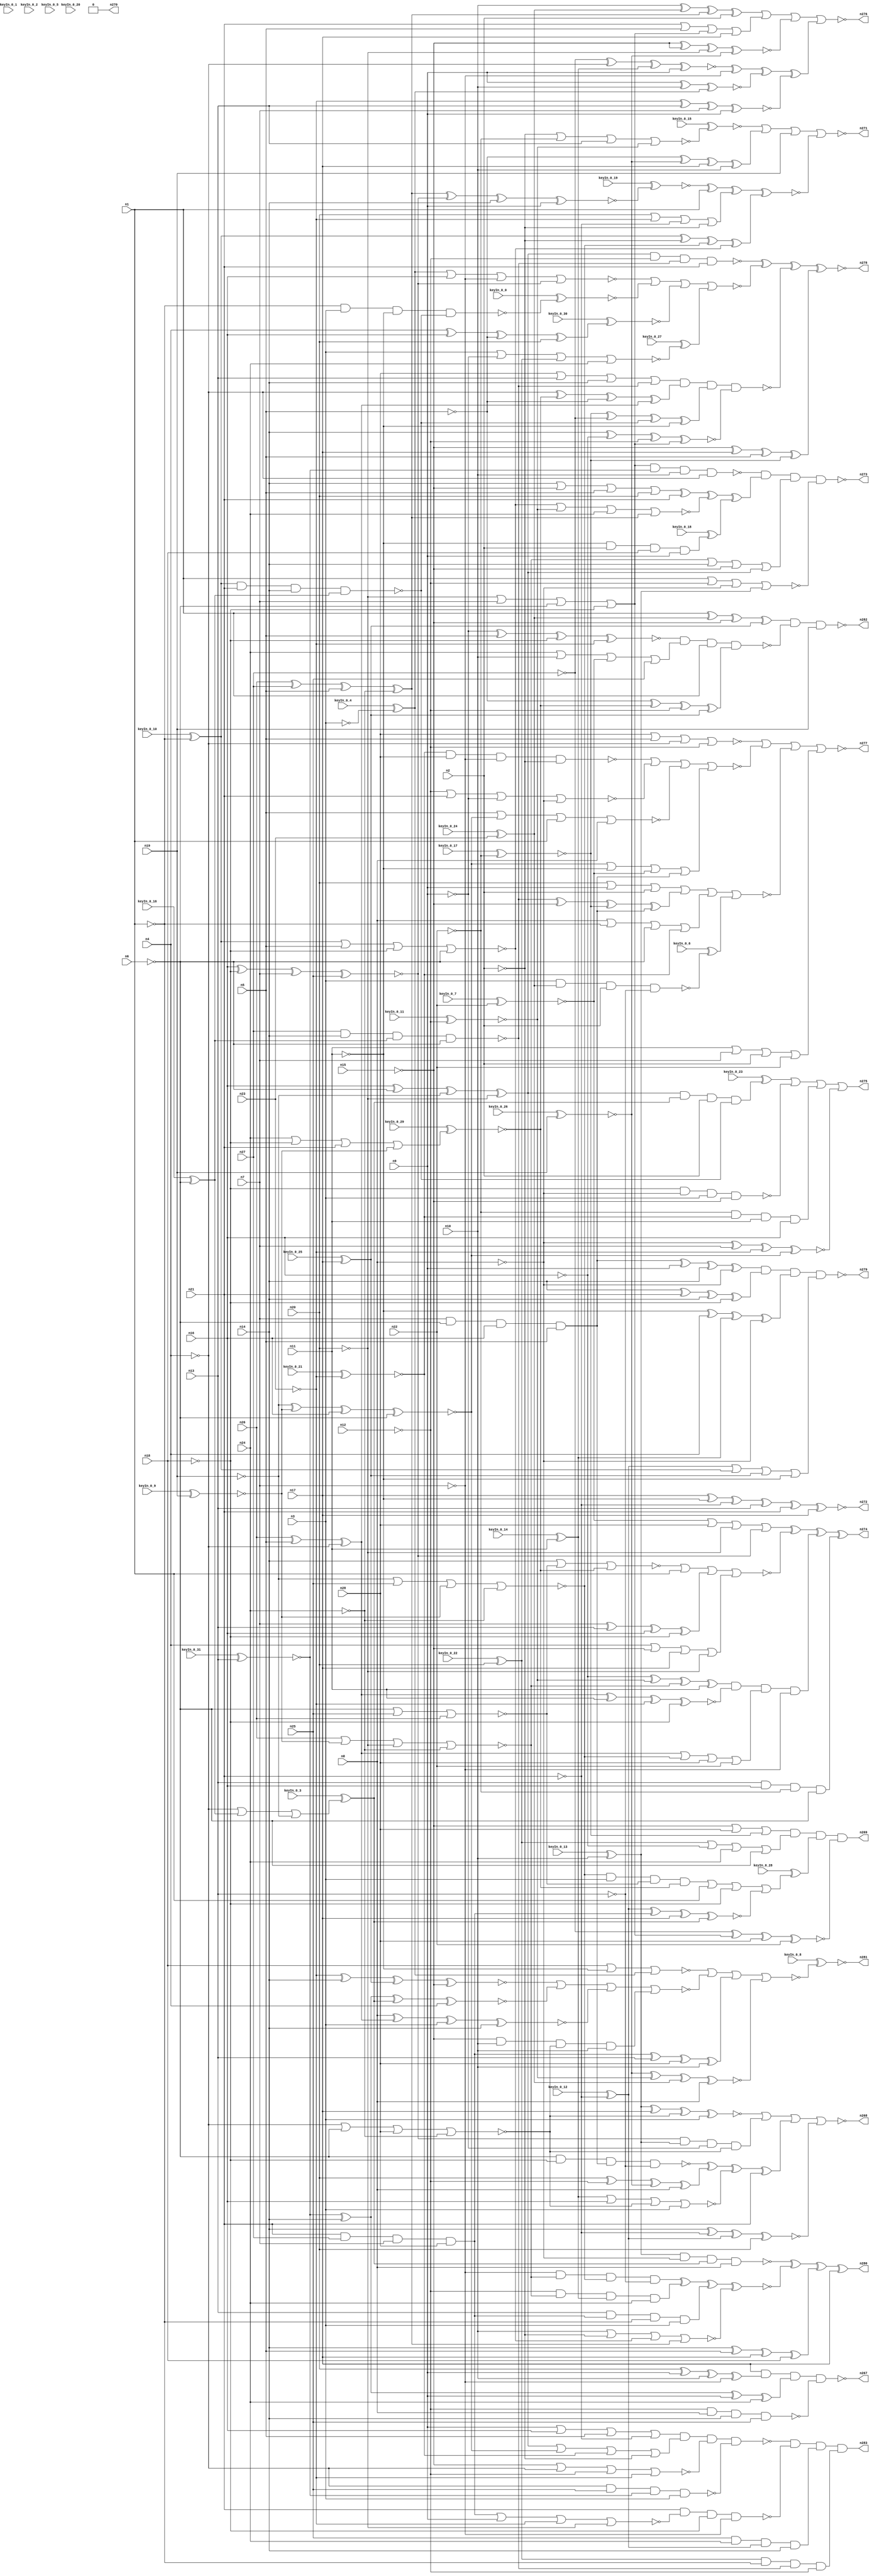


module Stat_255_53
(
  n1,
  n2,
  n3,
  n4,
  n5,
  n6,
  n7,
  n8,
  n9,
  n10,
  n11,
  n12,
  n13,
  n14,
  n15,
  n16,
  n17,
  n18,
  n19,
  n20,
  n21,
  n22,
  n23,
  n24,
  n25,
  n26,
  n27,
  n28,
  n278,
  n282,
  n273,
  n275,
  n281,
  n274,
  n271,
  n270,
  n283,
  n267,
  n280,
  n276,
  n272,
  n277,
  n279,
  n269,
  n268,
  keyIn_0_0,
  keyIn_0_1,
  keyIn_0_2,
  keyIn_0_3,
  keyIn_0_4,
  keyIn_0_5,
  keyIn_0_6,
  keyIn_0_7,
  keyIn_0_8,
  keyIn_0_9,
  keyIn_0_10,
  keyIn_0_11,
  keyIn_0_12,
  keyIn_0_13,
  keyIn_0_14,
  keyIn_0_15,
  keyIn_0_16,
  keyIn_0_17,
  keyIn_0_18,
  keyIn_0_19,
  keyIn_0_20,
  keyIn_0_21,
  keyIn_0_22,
  keyIn_0_23,
  keyIn_0_24,
  keyIn_0_25,
  keyIn_0_26,
  keyIn_0_27,
  keyIn_0_28,
  keyIn_0_29,
  keyIn_0_30,
  keyIn_0_31
);

  input n1;input n2;input n3;input n4;input n5;input n6;input n7;input n8;input n9;input n10;input n11;input n12;input n13;input n14;input n15;input n16;input n17;input n18;input n19;input n20;input n21;input n22;input n23;input n24;input n25;input n26;input n27;input n28;input keyIn_0_0;input keyIn_0_1;input keyIn_0_2;input keyIn_0_3;input keyIn_0_4;input keyIn_0_5;input keyIn_0_6;input keyIn_0_7;input keyIn_0_8;input keyIn_0_9;input keyIn_0_10;input keyIn_0_11;input keyIn_0_12;input keyIn_0_13;input keyIn_0_14;input keyIn_0_15;input keyIn_0_16;input keyIn_0_17;input keyIn_0_18;input keyIn_0_19;input keyIn_0_20;input keyIn_0_21;input keyIn_0_22;input keyIn_0_23;input keyIn_0_24;input keyIn_0_25;input keyIn_0_26;input keyIn_0_27;input keyIn_0_28;input keyIn_0_29;input keyIn_0_30;input keyIn_0_31;
  output n278;output n282;output n273;output n275;output n281;output n274;output n271;output n270;output n283;output n267;output n280;output n276;output n272;output n277;output n279;output n269;output n268;
  wire n29;wire n30;wire n31;wire n32;wire n33;wire n34;wire n35;wire n36;wire n37;wire n38;wire n39;wire n40;wire n41;wire n42;wire n43;wire n44;wire n45;wire n46;wire n47;wire n48;wire n49;wire n50;wire n51;wire n52;wire n53;wire n54;wire n55;wire n56;wire n57;wire n58;wire n59;wire n60;wire n61;wire n62;wire n63;wire n64;wire n65;wire n66;wire n67;wire n68;wire n69;wire n70;wire n71;wire n72;wire n73;wire n74;wire n75;wire n76;wire n77;wire n78;wire n79;wire n80;wire n81;wire n82;wire n83;wire n84;wire n85;wire n86;wire n87;wire n88;wire n89;wire n90;wire n91;wire n92;wire n93;wire n94;wire n95;wire n96;wire n97;wire n98;wire n99;wire n100;wire n101;wire n102;wire n103;wire n104;wire n105;wire n106;wire n107;wire n108;wire n109;wire n110;wire n111;wire n112;wire n113;wire n114;wire n115;wire n116;wire n117;wire n118;wire n119;wire n120;wire n121;wire n122;wire n123;wire n124;wire n125;wire n126;wire n127;wire n128;wire n129;wire n130;wire n131;wire n132;wire n133;wire n134;wire n135;wire n136;wire n137;wire n138;wire n139;wire n140;wire n141;wire n142;wire n143;wire n144;wire n145;wire n146;wire n147;wire n148;wire n149;wire n150;wire n151;wire n152;wire n153;wire n154;wire n155;wire n156;wire n157;wire n158;wire n159;wire n160;wire n161;wire n162;wire n163;wire n164;wire n165;wire n166;wire n167;wire n168;wire n169;wire n170;wire n171;wire n172;wire n173;wire n174;wire n175;wire n176;wire n177;wire n178;wire n179;wire n180;wire n181;wire n182;wire n183;wire n184;wire n185;wire n186;wire n187;wire n188;wire n189;wire n190;wire n191;wire n192;wire n193;wire n194;wire n195;wire n196;wire n197;wire n198;wire n199;wire n200;wire n201;wire n202;wire n203;wire n204;wire n205;wire n206;wire n207;wire n208;wire n209;wire n210;wire n211;wire n212;wire n213;wire n214;wire n215;wire n216;wire n217;wire n218;wire n219;wire n220;wire n221;wire n222;wire n223;wire n224;wire n225;wire n226;wire n227;wire n228;wire n229;wire n230;wire n231;wire n232;wire n233;wire n234;wire n235;wire n236;wire n237;wire n238;wire n239;wire n240;wire n241;wire n242;wire n243;wire n244;wire n245;wire n246;wire n247;wire n248;wire n249;wire n250;wire n251;wire n252;wire n253;wire n254;wire n255;wire n256;wire n257;wire n258;wire n259;wire n260;wire n261;wire n262;wire n263;wire n264;wire n265;wire n266;wire KeyWire_0_0;wire KeyWire_0_1;wire KeyWire_0_2;wire KeyWire_0_3;wire KeyNOTWire_0_3;wire KeyWire_0_4;wire KeyNOTWire_0_4;wire KeyWire_0_5;wire KeyNOTWire_0_5;wire KeyWire_0_6;wire KeyWire_0_7;wire KeyWire_0_8;wire KeyWire_0_9;wire KeyNOTWire_0_9;wire KeyWire_0_10;wire KeyWire_0_11;wire KeyWire_0_12;wire KeyWire_0_13;wire KeyNOTWire_0_13;wire KeyWire_0_14;wire KeyNOTWire_0_14;wire KeyWire_0_15;wire KeyNOTWire_0_15;wire KeyWire_0_16;wire KeyWire_0_17;wire KeyWire_0_18;wire KeyNOTWire_0_18;wire KeyWire_0_19;wire KeyNOTWire_0_19;wire KeyWire_0_20;wire KeyNOTWire_0_20;wire KeyWire_0_21;wire KeyNOTWire_0_21;wire KeyWire_0_22;wire KeyWire_0_23;wire KeyNOTWire_0_23;wire KeyWire_0_24;wire KeyNOTWire_0_24;wire KeyWire_0_25;wire KeyWire_0_26;wire KeyWire_0_27;wire KeyNOTWire_0_27;wire KeyWire_0_28;wire KeyWire_0_29;wire KeyNOTWire_0_29;wire KeyWire_0_30;wire KeyWire_0_31;

  buf
  g0
  (
    n97,
    n16
  );


  not
  g1
  (
    n56,
    n4
  );


  buf
  g2
  (
    n71,
    n24
  );


  not
  g3
  (
    n108,
    n11
  );


  not
  g4
  (
    n95,
    n11
  );


  not
  g5
  (
    n109,
    n1
  );


  not
  g6
  (
    KeyWire_0_16,
    n6
  );


  buf
  g7
  (
    n76,
    n11
  );


  buf
  g8
  (
    n82,
    n14
  );


  not
  g9
  (
    n52,
    n7
  );


  not
  g10
  (
    n69,
    n2
  );


  buf
  g11
  (
    n54,
    n17
  );


  not
  g12
  (
    n38,
    n18
  );


  buf
  g13
  (
    n101,
    n16
  );


  buf
  g14
  (
    KeyWire_0_26,
    n19
  );


  not
  g15
  (
    KeyWire_0_12,
    n21
  );


  not
  g16
  (
    n88,
    n12
  );


  buf
  g17
  (
    KeyWire_0_9,
    n19
  );


  not
  g18
  (
    n55,
    n15
  );


  buf
  g19
  (
    n100,
    n20
  );


  buf
  g20
  (
    n121,
    n21
  );


  not
  g21
  (
    n34,
    n4
  );


  not
  g22
  (
    n94,
    n2
  );


  buf
  g23
  (
    n91,
    n13
  );


  buf
  g24
  (
    n92,
    n10
  );


  not
  g25
  (
    n87,
    n8
  );


  not
  g26
  (
    n120,
    n7
  );


  not
  g27
  (
    n111,
    n23
  );


  not
  g28
  (
    n107,
    n16
  );


  buf
  g29
  (
    n67,
    n22
  );


  buf
  g30
  (
    KeyWire_0_14,
    n11
  );


  buf
  g31
  (
    KeyWire_0_13,
    n10
  );


  buf
  g32
  (
    n78,
    n5
  );


  buf
  g33
  (
    n114,
    n3
  );


  buf
  g34
  (
    KeyWire_0_22,
    n20
  );


  buf
  g35
  (
    n89,
    n9
  );


  not
  g36
  (
    KeyWire_0_21,
    n23
  );


  buf
  g37
  (
    n53,
    n13
  );


  buf
  g38
  (
    n102,
    n10
  );


  not
  g39
  (
    n86,
    n15
  );


  buf
  g40
  (
    n48,
    n8
  );


  buf
  g41
  (
    n116,
    n24
  );


  not
  g42
  (
    n105,
    n9
  );


  not
  g43
  (
    KeyWire_0_4,
    n3
  );


  buf
  g44
  (
    n79,
    n14
  );


  buf
  g45
  (
    n42,
    n5
  );


  not
  g46
  (
    n99,
    n15
  );


  not
  g47
  (
    n85,
    n6
  );


  buf
  g48
  (
    n70,
    n9
  );


  not
  g49
  (
    n104,
    n21
  );


  buf
  g50
  (
    KeyWire_0_24,
    n23
  );


  buf
  g51
  (
    n73,
    n2
  );


  buf
  g52
  (
    KeyWire_0_31,
    n13
  );


  buf
  g53
  (
    n35,
    n16
  );


  not
  g54
  (
    n44,
    n22
  );


  buf
  g55
  (
    n63,
    n2
  );


  buf
  g56
  (
    n59,
    n7
  );


  buf
  g57
  (
    n68,
    n3
  );


  buf
  g58
  (
    n119,
    n1
  );


  not
  g59
  (
    n72,
    n4
  );


  buf
  g60
  (
    n98,
    n20
  );


  not
  g61
  (
    n106,
    n8
  );


  buf
  g62
  (
    KeyWire_0_7,
    n22
  );


  not
  g63
  (
    KeyWire_0_11,
    n12
  );


  buf
  g64
  (
    n30,
    n21
  );


  not
  g65
  (
    n40,
    n24
  );


  not
  g66
  (
    n57,
    n18
  );


  not
  g67
  (
    KeyWire_0_10,
    n1
  );


  not
  g68
  (
    n77,
    n13
  );


  not
  g69
  (
    n33,
    n6
  );


  buf
  g70
  (
    n60,
    n14
  );


  buf
  g71
  (
    n45,
    n3
  );


  buf
  g72
  (
    n75,
    n8
  );


  not
  g73
  (
    n51,
    n23
  );


  buf
  g74
  (
    n62,
    n5
  );


  buf
  g75
  (
    n47,
    n1
  );


  not
  g76
  (
    n32,
    n6
  );


  not
  g77
  (
    n80,
    n12
  );


  buf
  g78
  (
    n36,
    n14
  );


  not
  g79
  (
    n118,
    n18
  );


  buf
  g80
  (
    n65,
    n9
  );


  buf
  g81
  (
    n123,
    n17
  );


  not
  g82
  (
    n37,
    n20
  );


  buf
  g83
  (
    n64,
    n17
  );


  buf
  g84
  (
    KeyWire_0_25,
    n17
  );


  not
  g85
  (
    n96,
    n5
  );


  buf
  g86
  (
    n50,
    n4
  );


  not
  g87
  (
    n103,
    n15
  );


  buf
  g88
  (
    n31,
    n7
  );


  buf
  g89
  (
    n115,
    n18
  );


  not
  g90
  (
    n81,
    n12
  );


  not
  g91
  (
    n41,
    n19
  );


  not
  g92
  (
    KeyWire_0_17,
    n22
  );


  buf
  g93
  (
    n122,
    n19
  );


  buf
  g94
  (
    n83,
    n10
  );


  buf
  g95
  (
    n127,
    n28
  );


  buf
  g96
  (
    n142,
    n25
  );


  not
  g97
  (
    n130,
    n27
  );


  buf
  g98
  (
    n139,
    n28
  );


  buf
  g99
  (
    n129,
    n36
  );


  buf
  g100
  (
    n147,
    n30
  );


  buf
  g101
  (
    n143,
    n36
  );


  buf
  g102
  (
    n131,
    n37
  );


  nor
  g103
  (
    n137,
    n32,
    n25,
    n26
  );


  nand
  g104
  (
    n146,
    n43,
    n30,
    n36,
    n39
  );


  nor
  g105
  (
    n133,
    n34,
    n33,
    n28,
    n40
  );


  nor
  g106
  (
    n126,
    n43,
    n42,
    n38,
    n32
  );


  nand
  g107
  (
    n141,
    n27,
    n36,
    n39,
    n33
  );


  nor
  g108
  (
    n148,
    n41,
    n25,
    n29,
    n40
  );


  xnor
  g109
  (
    n124,
    n35,
    n38,
    n31,
    n25
  );


  xor
  g110
  (
    n136,
    n26,
    n27,
    n42,
    n40
  );


  and
  g111
  (
    n135,
    n31,
    n33,
    n35,
    n42
  );


  xor
  g112
  (
    n134,
    n35,
    n33,
    n41,
    n37
  );


  and
  g113
  (
    n125,
    n30,
    n27,
    n31,
    n28
  );


  xor
  g114
  (
    n132,
    n26,
    n42,
    n34
  );


  nor
  g115
  (
    n138,
    n26,
    n29,
    n37,
    n40
  );


  xnor
  g116
  (
    n140,
    n41,
    n29,
    n35,
    n32
  );


  or
  g117
  (
    KeyWire_0_3,
    n34,
    n39,
    n41
  );


  or
  g118
  (
    n128,
    n37,
    n31,
    n32,
    n38
  );


  or
  g119
  (
    KeyWire_0_29,
    n24,
    n38,
    n30,
    n29
  );


  or
  g120
  (
    n210,
    n99,
    n103,
    n139,
    n110
  );


  xnor
  g121
  (
    n185,
    n130,
    n72,
    n90,
    n65
  );


  or
  g122
  (
    n163,
    n100,
    n89,
    n73
  );


  xor
  g123
  (
    n230,
    n55,
    n64,
    n62,
    n110
  );


  xor
  g124
  (
    n214,
    n96,
    n84,
    n54,
    n102
  );


  xor
  g125
  (
    n176,
    n56,
    n145,
    n96,
    n132
  );


  and
  g126
  (
    n245,
    n44,
    n74,
    n76,
    n97
  );


  xnor
  g127
  (
    n172,
    n51,
    n60,
    n113,
    n99
  );


  or
  g128
  (
    n174,
    n140,
    n108,
    n58,
    n135
  );


  xor
  g129
  (
    n239,
    n92,
    n49,
    n136,
    n73
  );


  nand
  g130
  (
    n223,
    n134,
    n81,
    n141,
    n147
  );


  xor
  g131
  (
    KeyWire_0_5,
    n80,
    n107,
    n126,
    n73
  );


  xnor
  g132
  (
    n234,
    n84,
    n61,
    n49,
    n75
  );


  and
  g133
  (
    n192,
    n52,
    n138,
    n148,
    n77
  );


  or
  g134
  (
    n206,
    n50,
    n55,
    n54,
    n131
  );


  nand
  g135
  (
    n161,
    n85,
    n57,
    n135,
    n77
  );


  or
  g136
  (
    n227,
    n93,
    n107,
    n71,
    n85
  );


  and
  g137
  (
    n217,
    n106,
    n75,
    n99,
    n83
  );


  nor
  g138
  (
    n184,
    n81,
    n147,
    n105,
    n87
  );


  xnor
  g139
  (
    n237,
    n46,
    n64,
    n133,
    n68
  );


  and
  g140
  (
    KeyWire_0_1,
    n146,
    n93,
    n103,
    n77
  );


  xor
  g141
  (
    n158,
    n43,
    n94,
    n148,
    n126
  );


  or
  g142
  (
    n215,
    n58,
    n127,
    n131,
    n124
  );


  xor
  g143
  (
    n156,
    n107,
    n61,
    n138,
    n76
  );


  xnor
  g144
  (
    n195,
    n143,
    n107,
    n88,
    n128
  );


  xnor
  g145
  (
    n167,
    n111,
    n91,
    n59,
    n70
  );


  and
  g146
  (
    n218,
    n91,
    n101,
    n44,
    n85
  );


  xnor
  g147
  (
    n159,
    n105,
    n62,
    n118,
    n51
  );


  nand
  g148
  (
    KeyWire_0_6,
    n68,
    n49,
    n73,
    n77
  );


  and
  g149
  (
    KeyWire_0_23,
    n134,
    n144,
    n63,
    n146
  );


  xor
  g150
  (
    n232,
    n54,
    n95,
    n104,
    n91
  );


  or
  g151
  (
    n168,
    n69,
    n82,
    n98,
    n115
  );


  xor
  g152
  (
    n229,
    n112,
    n143,
    n89,
    n116
  );


  nor
  g153
  (
    KeyWire_0_20,
    n137,
    n67,
    n45,
    n47
  );


  nand
  g154
  (
    n231,
    n46,
    n106,
    n144,
    n48
  );


  and
  g155
  (
    n243,
    n93,
    n109,
    n141,
    n81
  );


  nor
  g156
  (
    KeyWire_0_27,
    n114,
    n105,
    n93,
    n71
  );


  xnor
  g157
  (
    n233,
    n86,
    n86,
    n131,
    n84
  );


  and
  g158
  (
    n194,
    n82,
    n56,
    n44
  );


  xor
  g159
  (
    n154,
    n141,
    n55,
    n110,
    n135
  );


  or
  g160
  (
    n212,
    n138,
    n60,
    n86,
    n134
  );


  or
  g161
  (
    n189,
    n127,
    n53,
    n143,
    n141
  );


  nand
  g162
  (
    n221,
    n88,
    n48,
    n82,
    n142
  );


  xnor
  g163
  (
    n247,
    n79,
    n104,
    n66,
    n100
  );


  xnor
  g164
  (
    KeyWire_0_19,
    n136,
    n124,
    n129,
    n70
  );


  nor
  g165
  (
    n181,
    n102,
    n94,
    n126,
    n136
  );


  xnor
  g166
  (
    n164,
    n66,
    n125,
    n64,
    n144
  );


  nor
  g167
  (
    n197,
    n86,
    n72,
    n88,
    n51
  );


  nand
  g168
  (
    n149,
    n74,
    n127,
    n52,
    n69
  );


  xor
  g169
  (
    n236,
    n143,
    n78,
    n64,
    n115
  );


  or
  g170
  (
    n208,
    n76,
    n59,
    n63,
    n67
  );


  xnor
  g171
  (
    n187,
    n65,
    n92,
    n117
  );


  xnor
  g172
  (
    n244,
    n106,
    n59,
    n111,
    n140
  );


  xor
  g173
  (
    n207,
    n98,
    n81,
    n84,
    n75
  );


  nand
  g174
  (
    n213,
    n118,
    n87,
    n114,
    n103
  );


  or
  g175
  (
    n235,
    n66,
    n43,
    n113,
    n108
  );


  nor
  g176
  (
    n216,
    n139,
    n78,
    n72,
    n88
  );


  or
  g177
  (
    n152,
    n116,
    n83,
    n58,
    n142
  );


  xnor
  g178
  (
    n182,
    n112,
    n60,
    n144,
    n50
  );


  and
  g179
  (
    n201,
    n148,
    n114,
    n137,
    n145
  );


  and
  g180
  (
    n175,
    n71,
    n58,
    n130,
    n101
  );


  or
  g181
  (
    n183,
    n60,
    n55,
    n78,
    n98
  );


  xor
  g182
  (
    KeyWire_0_30,
    n50,
    n101,
    n96,
    n100
  );


  xor
  g183
  (
    n186,
    n110,
    n130,
    n146,
    n95
  );


  and
  g184
  (
    n169,
    n80,
    n138,
    n90,
    n116
  );


  or
  g185
  (
    n170,
    n132,
    n148,
    n139,
    n67
  );


  and
  g186
  (
    KeyWire_0_18,
    n95,
    n63,
    n115,
    n65
  );


  and
  g187
  (
    n240,
    n124,
    n46,
    n105,
    n133
  );


  xor
  g188
  (
    n225,
    n100,
    n89,
    n83,
    n52
  );


  xnor
  g189
  (
    n203,
    n48,
    n132,
    n68,
    n79
  );


  nand
  g190
  (
    KeyWire_0_0,
    n109,
    n114,
    n108,
    n146
  );


  or
  g191
  (
    n211,
    n147,
    n62,
    n128,
    n54
  );


  nand
  g192
  (
    n228,
    n128,
    n112,
    n102,
    n56
  );


  xor
  g193
  (
    n162,
    n59,
    n53,
    n101,
    n57
  );


  nor
  g194
  (
    n160,
    n125,
    n70,
    n111,
    n131
  );


  nor
  g195
  (
    n204,
    n117,
    n97,
    n52,
    n124
  );


  or
  g196
  (
    n157,
    n98,
    n111,
    n104,
    n69
  );


  xor
  g197
  (
    n224,
    n125,
    n91,
    n139,
    n102
  );


  nand
  g198
  (
    KeyWire_0_2,
    n63,
    n94,
    n129,
    n45
  );


  nor
  g199
  (
    n150,
    n126,
    n61,
    n116,
    n136
  );


  and
  g200
  (
    n151,
    n99,
    n92,
    n133,
    n83
  );


  nor
  g201
  (
    n209,
    n115,
    n95,
    n117
  );


  xnor
  g202
  (
    n246,
    n130,
    n128,
    n127,
    n67
  );


  xor
  g203
  (
    n220,
    n108,
    n50,
    n90,
    n87
  );


  xor
  g204
  (
    n155,
    n96,
    n145,
    n80,
    n113
  );


  or
  g205
  (
    n177,
    n70,
    n97,
    n62,
    n104
  );


  nor
  g206
  (
    n153,
    n90,
    n97,
    n133,
    n45
  );


  nor
  g207
  (
    n179,
    n78,
    n140,
    n47,
    n75
  );


  nand
  g208
  (
    n200,
    n72,
    n142,
    n112,
    n45
  );


  and
  g209
  (
    n219,
    n142,
    n71,
    n66,
    n82
  );


  xnor
  g210
  (
    n165,
    n132,
    n76,
    n51,
    n57
  );


  nor
  g211
  (
    KeyWire_0_15,
    n69,
    n44,
    n53,
    n61
  );


  nor
  g212
  (
    n190,
    n79,
    n137,
    n145
  );


  xor
  g213
  (
    n242,
    n47,
    n49,
    n103,
    n113
  );


  xor
  g214
  (
    n241,
    n135,
    n65,
    n129,
    n87
  );


  nor
  g215
  (
    n226,
    n47,
    n80,
    n106,
    n46
  );


  or
  g216
  (
    n188,
    n48,
    n109,
    n85,
    n74
  );


  xor
  g217
  (
    n238,
    n129,
    n147,
    n79,
    n57
  );


  or
  g218
  (
    n198,
    n134,
    n140,
    n74,
    n94
  );


  and
  g219
  (
    n178,
    n53,
    n125,
    n109,
    n68
  );


  nor
  g220
  (
    n255,
    n204,
    n199,
    n171,
    n166
  );


  xor
  g221
  (
    n250,
    n185,
    n120,
    n187,
    n167
  );


  xor
  g222
  (
    n257,
    n183,
    n121,
    n150,
    n180
  );


  nand
  g223
  (
    n260,
    n121,
    n160,
    n118,
    n120
  );


  or
  g224
  (
    n264,
    n168,
    n173,
    n205,
    n120
  );


  nor
  g225
  (
    n251,
    n149,
    n184,
    n179,
    n174
  );


  nand
  g226
  (
    n266,
    n159,
    n152,
    n119,
    n155
  );


  nor
  g227
  (
    n253,
    n172,
    n182,
    n203,
    n151
  );


  nand
  g228
  (
    n265,
    n177,
    n198,
    n197,
    n200
  );


  nor
  g229
  (
    n259,
    n190,
    n119,
    n162,
    n206
  );


  or
  g230
  (
    KeyWire_0_28,
    n201,
    n119,
    n118,
    n164
  );


  xor
  g231
  (
    n256,
    n161,
    n207,
    n153,
    n121
  );


  nor
  g232
  (
    n254,
    n196,
    n194,
    n175,
    n202
  );


  nor
  g233
  (
    n249,
    n163,
    n154,
    n188,
    n191
  );


  xnor
  g234
  (
    n262,
    n193,
    n119,
    n157,
    n158
  );


  and
  g235
  (
    n261,
    n156,
    n165,
    n170,
    n120
  );


  xnor
  g236
  (
    n258,
    n192,
    n169,
    n178,
    n181
  );


  nand
  g237
  (
    n252,
    n189,
    n176,
    n186,
    n195
  );


  nor
  g238
  (
    n276,
    n239,
    n211,
    n233,
    n250
  );


  xor
  g239
  (
    n280,
    n231,
    n258,
    n236,
    n123
  );


  nor
  g240
  (
    KeyWire_0_8,
    n209,
    n253,
    n224,
    n234
  );


  nand
  g241
  (
    n282,
    n242,
    n266,
    n122
  );


  nor
  g242
  (
    n277,
    n216,
    n251,
    n249,
    n208
  );


  and
  g243
  (
    n269,
    n210,
    n227,
    n263,
    n246
  );


  xnor
  g244
  (
    n272,
    n232,
    n121,
    n123
  );


  nor
  g245
  (
    n268,
    n237,
    n240,
    n256,
    n247
  );


  and
  g246
  (
    n270,
    n254,
    n122,
    n264,
    n217
  );


  nand
  g247
  (
    n273,
    n228,
    n257,
    n212,
    n226
  );


  and
  g248
  (
    n283,
    n265,
    n260,
    n219,
    n243
  );


  nand
  g249
  (
    n279,
    n241,
    n238,
    n220,
    n235
  );


  xor
  g250
  (
    n274,
    n215,
    n259,
    n261,
    n218
  );


  nor
  g251
  (
    n271,
    n222,
    n214,
    n122,
    n262
  );


  xnor
  g252
  (
    n278,
    n223,
    n255,
    n252,
    n230
  );


  nand
  g253
  (
    n267,
    n123,
    n225,
    n229,
    n221
  );


  or
  g254
  (
    n275,
    n248,
    n213,
    n245,
    n244
  );


  xnor
  KeyGate_0_0
  (
    n199,
    keyIn_0_0,
    KeyWire_0_0
  );


  xnor
  KeyGate_0_1
  (
    n205,
    keyIn_0_1,
    KeyWire_0_1
  );


  xor
  KeyGate_0_2
  (
    n202,
    keyIn_0_2,
    KeyWire_0_2
  );


  xnor
  KeyGate_0_3
  (
    KeyNOTWire_0_3,
    keyIn_0_3,
    KeyWire_0_3
  );


  not
  KeyNOTGate_0_3
  (
    n144,
    KeyNOTWire_0_3
  );


  xnor
  KeyGate_0_4
  (
    KeyNOTWire_0_4,
    keyIn_0_4,
    KeyWire_0_4
  );


  not
  KeyNOTGate_0_4
  (
    n117,
    KeyNOTWire_0_4
  );


  xnor
  KeyGate_0_5
  (
    KeyNOTWire_0_5,
    keyIn_0_5,
    KeyWire_0_5
  );


  not
  KeyNOTGate_0_5
  (
    n173,
    KeyNOTWire_0_5
  );


  xor
  KeyGate_0_6
  (
    n191,
    keyIn_0_6,
    KeyWire_0_6
  );


  xnor
  KeyGate_0_7
  (
    n58,
    keyIn_0_7,
    KeyWire_0_7
  );


  xnor
  KeyGate_0_8
  (
    n281,
    keyIn_0_8,
    KeyWire_0_8
  );


  xor
  KeyGate_0_9
  (
    KeyNOTWire_0_9,
    keyIn_0_9,
    KeyWire_0_9
  );


  not
  KeyNOTGate_0_9
  (
    n29,
    KeyNOTWire_0_9
  );


  xor
  KeyGate_0_10
  (
    n43,
    keyIn_0_10,
    KeyWire_0_10
  );


  xnor
  KeyGate_0_11
  (
    n61,
    keyIn_0_11,
    KeyWire_0_11
  );


  xor
  KeyGate_0_12
  (
    n66,
    keyIn_0_12,
    KeyWire_0_12
  );


  xnor
  KeyGate_0_13
  (
    KeyNOTWire_0_13,
    keyIn_0_13,
    KeyWire_0_13
  );


  not
  KeyNOTGate_0_13
  (
    n46,
    KeyNOTWire_0_13
  );


  xnor
  KeyGate_0_14
  (
    KeyNOTWire_0_14,
    keyIn_0_14,
    KeyWire_0_14
  );


  not
  KeyNOTGate_0_14
  (
    n90,
    KeyNOTWire_0_14
  );


  xor
  KeyGate_0_15
  (
    KeyNOTWire_0_15,
    keyIn_0_15,
    KeyWire_0_15
  );


  not
  KeyNOTGate_0_15
  (
    n222,
    KeyNOTWire_0_15
  );


  xor
  KeyGate_0_16
  (
    n39,
    keyIn_0_16,
    KeyWire_0_16
  );


  xnor
  KeyGate_0_17
  (
    n110,
    keyIn_0_17,
    KeyWire_0_17
  );


  xnor
  KeyGate_0_18
  (
    KeyNOTWire_0_18,
    keyIn_0_18,
    KeyWire_0_18
  );


  not
  KeyNOTGate_0_18
  (
    n180,
    KeyNOTWire_0_18
  );


  xor
  KeyGate_0_19
  (
    KeyNOTWire_0_19,
    keyIn_0_19,
    KeyWire_0_19
  );


  not
  KeyNOTGate_0_19
  (
    n193,
    KeyNOTWire_0_19
  );


  xor
  KeyGate_0_20
  (
    KeyNOTWire_0_20,
    keyIn_0_20,
    KeyWire_0_20
  );


  not
  KeyNOTGate_0_20
  (
    n196,
    KeyNOTWire_0_20
  );


  xor
  KeyGate_0_21
  (
    KeyNOTWire_0_21,
    keyIn_0_21,
    KeyWire_0_21
  );


  not
  KeyNOTGate_0_21
  (
    n74,
    KeyNOTWire_0_21
  );


  xor
  KeyGate_0_22
  (
    n93,
    keyIn_0_22,
    KeyWire_0_22
  );


  xnor
  KeyGate_0_23
  (
    KeyNOTWire_0_23,
    keyIn_0_23,
    KeyWire_0_23
  );


  not
  KeyNOTGate_0_23
  (
    n248,
    KeyNOTWire_0_23
  );


  xnor
  KeyGate_0_24
  (
    KeyNOTWire_0_24,
    keyIn_0_24,
    KeyWire_0_24
  );


  not
  KeyNOTGate_0_24
  (
    n49,
    KeyNOTWire_0_24
  );


  xor
  KeyGate_0_25
  (
    n113,
    keyIn_0_25,
    KeyWire_0_25
  );


  xnor
  KeyGate_0_26
  (
    n84,
    keyIn_0_26,
    KeyWire_0_26
  );


  xnor
  KeyGate_0_27
  (
    KeyNOTWire_0_27,
    keyIn_0_27,
    KeyWire_0_27
  );


  not
  KeyNOTGate_0_27
  (
    n166,
    KeyNOTWire_0_27
  );


  xor
  KeyGate_0_28
  (
    n263,
    keyIn_0_28,
    KeyWire_0_28
  );


  xor
  KeyGate_0_29
  (
    KeyNOTWire_0_29,
    keyIn_0_29,
    KeyWire_0_29
  );


  not
  KeyNOTGate_0_29
  (
    n145,
    KeyNOTWire_0_29
  );


  xnor
  KeyGate_0_30
  (
    n171,
    keyIn_0_30,
    KeyWire_0_30
  );


  xnor
  KeyGate_0_31
  (
    n112,
    keyIn_0_31,
    KeyWire_0_31
  );


endmodule